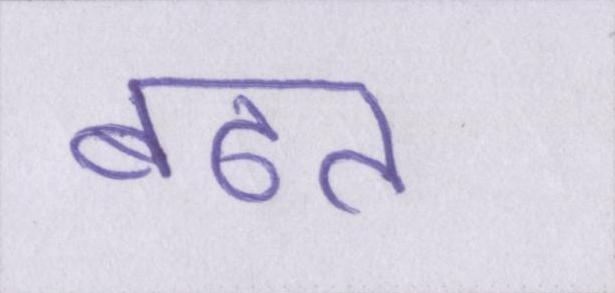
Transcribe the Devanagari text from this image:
बढत